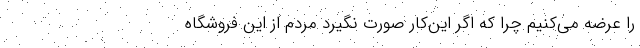
را عرضه مي‌كنيم چرا که اگر اين‌كار صورت نگیرد مردم از این فروشگاه